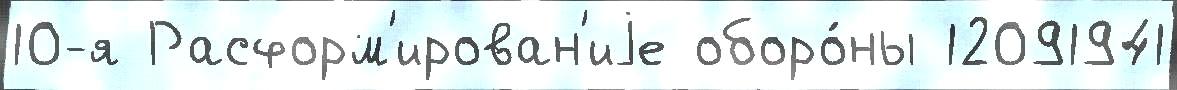
10-я Расформ'ирован'иjе оборо́ны 12091941